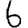
Digit: 6